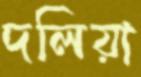
দলিয়া